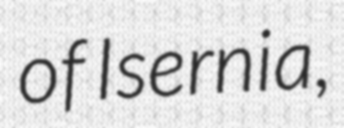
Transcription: of Isernia,